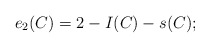
\begin{align*} e_2(C)=2-I(C)-s(C);\end{align*}